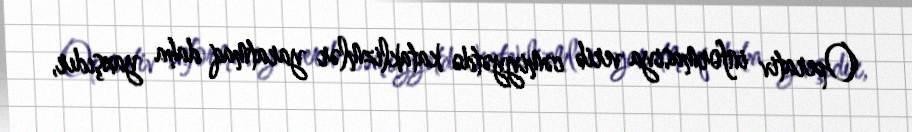
Operativ informasiya verib cəmiyyətdə kataklizmlər yaratmaq daha yaxşıdır,